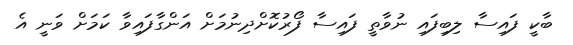
ބާކީ ފައިސާ ލިބިފައި ނުވާތީ ފައިސާ ފޯރުކޮށްދިނުމަށް އަންގާފައިވާ ކަމަށް ވަނީ އެ